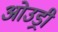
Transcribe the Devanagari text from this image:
ओउड्री